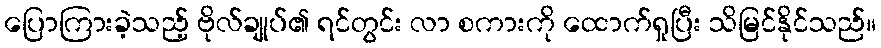
ပြောကြားခဲ့သည့် ဗိုလ်ချုပ်၏ ရင်တွင်း လာ စကားကို ထောက်ရှုပြီး သိမြင်နိုင်သည်။